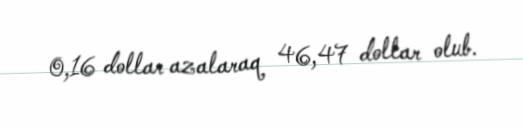
0,16 dollar azalaraq 46,47 dollar olub.